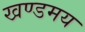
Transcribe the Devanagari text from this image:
खण्डमय